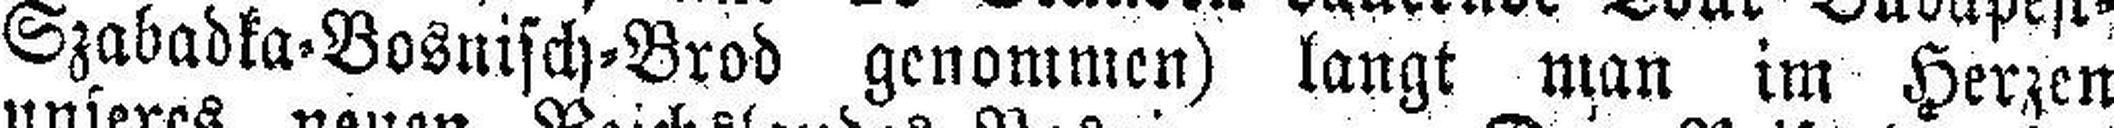
Szabadka-Bosnisch-Brod genommen) langt man im Herzen